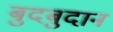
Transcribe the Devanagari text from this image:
बुदबुदान